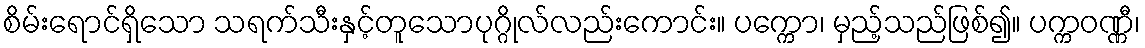
စိမ်းရောင်ရှိသော သရက်သီးနှင့်တူသောပုဂ္ဂိုလ်လည်းကောင်း။ ပက္ကော၊ မှည့်သည်ဖြစ်၍။ ပက္ကဝဏ္ဏီ၊